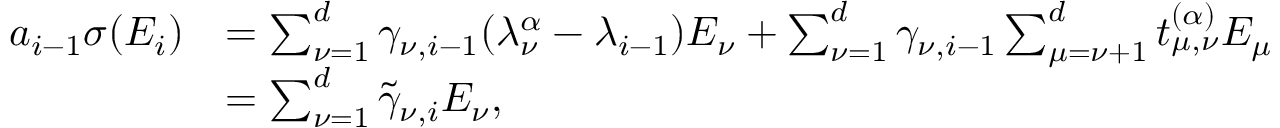
\begin{array} { r l } { a _ { i - 1 } \sigma ( E _ { i } ) } & { = \sum _ { \nu = 1 } ^ { d } \gamma _ { \nu , i - 1 } ( \lambda _ { \nu } ^ { \alpha } - \lambda _ { i - 1 } ) E _ { \nu } + \sum _ { \nu = 1 } ^ { d } \gamma _ { \nu , i - 1 } \sum _ { \mu = \nu + 1 } ^ { d } t _ { \mu , \nu } ^ { ( \alpha ) } E _ { \mu } } \\ & { = \sum _ { \nu = 1 } ^ { d } \tilde { \gamma } _ { \nu , i } E _ { \nu } , } \end{array}